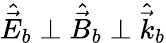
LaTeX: \hat{\vec{E}}_{b}\perp\hat{\vec{B}}_{b}\perp\hat{\vec{k}}_{b}